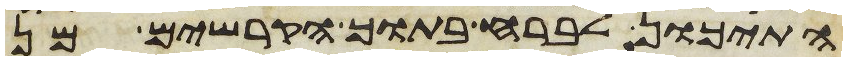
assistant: התיכון לברח בתוך הקרשים מן